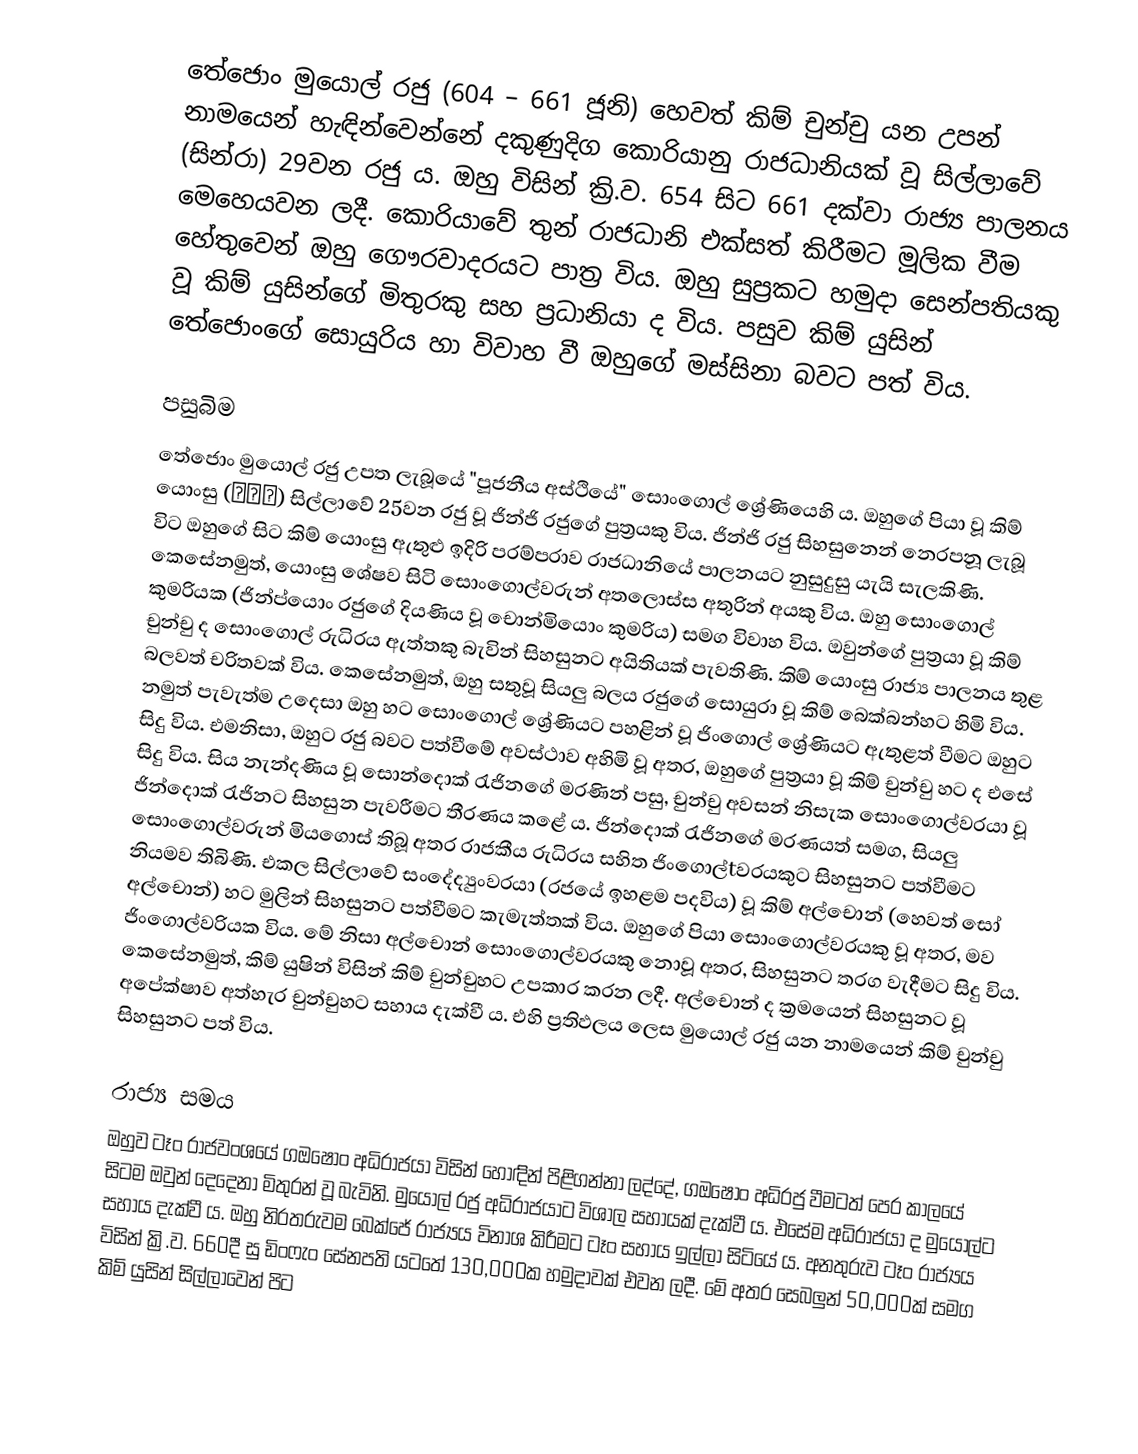
තේජොං මුයොල් රජු (604 – 661 ජූනි) හෙවත් කිම් චුන්චු යන උපන් නාමයෙන් හැඳින්වෙන්නේ දකුණුදිග කොරියානු රාජධානියක් වූ සිල්ලාවේ (සින්රා) 29වන රජු ය. ඔහු විසින් ක්‍රි.ව. 654 සිට 661 දක්වා රාජ්‍ය පාලනය මෙහෙයවන ලදී. කොරියාවේ තුන් රාජධානි එක්සත් කිරීමට මූලික වීම හේතුවෙන් ඔහු ගෞරවාදරයට පාත්‍ර විය. ඔහු සුප්‍රකට හමුදා සෙන්පතියකු වූ කිම් යුසින්ගේ මිතුරකු සහ ප්‍රධානියා ද විය. පසුව කිම් යුසින් ‍තේජොංගේ සොයුරිය හා විවාහ වී ඔහුගේ මස්සිනා බවට පත් විය.

පසුබිම
තේජොං මුයොල් රජු උපත ලැබූයේ "පූජනීය අස්ථියේ" සොංගොල් ශ්‍රේණියෙහි ය. ඔහුගේ පියා වූ කිම් යොංසු (金龍樹) සිල්ලාවේ 25වන රජු වූ ජින්ජි රජුගේ පුත්‍රයකු විය. ජින්ජි රජු සිහසුනෙන් නෙරපනූ ලැබූ විට ඔහුගේ සිට කිම් යොංසු ඇතුළු ඉදිරි පරම්පරාව රාජධානියේ පාලනයට නුසුදුසු යැයි සැලකිණි. කෙසේනමුත්, යොංසු ශේෂව සිටි සොංගොල්වරුන් අතලොස්ස අතුරින් අයකු විය. ඔහු සොංගොල් කුමරියක (ජින්ප්යොං රජුගේ දියණිය වූ චොන්මියොං කුමරිය) සමග විවාහ විය. ඔවුන්ගේ පුත්‍රයා වූ කිම් චුන්චු ද සොංගොල් රුධිරය ඇත්තකු බැවින් සිහසුනට අයිතියක් පැවතිණි. කිම් යොංසු රාජ්‍ය පාලනය තුළ බලවත් චරිතවක් විය. කෙසේනමුත්, ඔහු සතුවූ සියලු බලය රජුගේ සොයුරා වූ කිම් බෙක්බන්හට හිමි විය. නමුත් පැවැත්ම උදෙසා ඔහු හට සොංගොල් ශ්‍රේණියට පහළින් වූ ජිංගොල් ශ්‍රේණියට ඇතුළත් වීමට ඔහුට සිදු විය. එමනිසා, ඔහුට රජු බවට පත්වීමේ අවස්ථාව අහිමි වූ අතර, ඔහුගේ පුත්‍රයා වූ කිම් චුන්චු හට ද එසේ සිදු විය. සිය නැන්දණිය වූ සොන්දොක් රැජිනගේ මරණින් පසු,  චුන්චු අවසන් නිසැක සොංගොල්වරයා වූ ජින්දොක් රැජිනට සිහසුන පැවරීමට තීරණය කළේ ය. ජින්දොක් රැජිනගේ මරණයත් සමග, සියලු සොංගොල්වරුන් මියගොස් තිබූ අතර රාජකීය රුධිරය සහිත ජිංගොල්tවරයකුට සිහසුනට පත්වීමට නියමව තිබිණි. එකල සිල්ලාවේ සංදේද්‍යුංවරයා (රජයේ ඉහළම පදවිය) වූ කිම් අල්චොන් (හෙවත් සෝ අල්චොන්) හට මුලින් සිහසුනට පත්වීමට කැමැත්තක් විය. ඔහුගේ පියා සොංගොල්වරයකු වූ අතර, මව ජිංගොල්වරියක විය. මේ නිසා අල්චොන් සොංගොල්වරයකු නොවූ අතර, සිහසුනට තරග වැදීමට සිදු විය. කෙසේනමුත්, කිම් යුෂින් විසින් කිම් චුන්චුහට උපකාර කරන ලදී. අල්චොන් ද ක්‍රමයෙන් සිහසුනට වූ අපේක්ෂාව අත්හැර චුන්චුහට සහාය දැක්වී ය. එහි ප්‍රතිඵලය ලෙස මුයොල් රජු යන නාමයෙන් කිම් චුන්චු සිහසුනට පත් විය.

රාජ්‍ය සමය
ඔහුව ටෑං රාජවංශයේ ගඔෂොං අධිරාජයා විසින් හොඳින් පිළිගන්නා ලද්දේ, ගඔෂොං අධිරජු වීමටත් පෙර කාලයේ සිටම ඔවුන් දෙදෙනා මිතුරන් වූ බැවිනි. මුයොල් රජු අධිරාජයාට විශාල සහායක් දැක්වී ය. එසේම අධිරාජයා ද මුයොල්ට සහාය දැක්වී ය. ඔහු නිරතරුවම බෙක්ජේ රාජ්‍යය විනාශ කිරීමට ටෑං සහාය ඉල්ලා සිටියේ ය. අනතුරුව ටෑං රාජ්‍යය විසින් ක්‍රි.ව. 660දී සු ඩිංෆැං සේනපති යටතේ 130,000ක හමුදාවක් එවන ලදී. මේ අතර සෙබලුන් 50,000ක් සමග කිම් යුසින් සිල්ලාවෙන් පිට